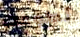
تطوعت